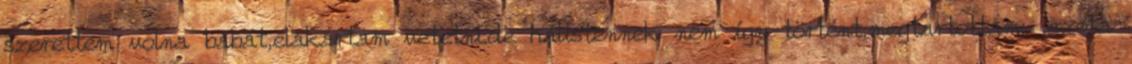
szerettem volna babát,elakartam vetetni.de hálistennek nem így történt,megtartottam: .azóta